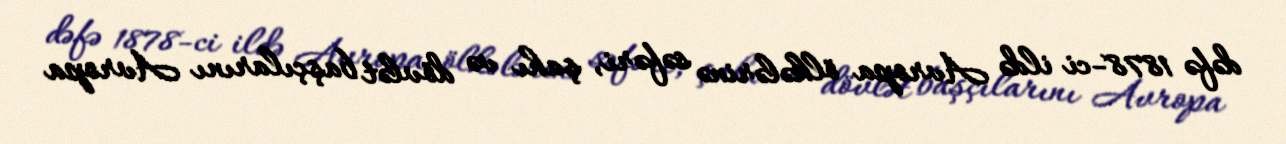
dəfə 1878-ci ildə Avropa ölkələrinə səfəri, şahı və dövlət başçılarını Avropa